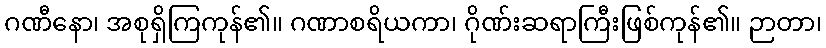
ဂဏီနော၊ အစုရှိကြကုန်၏။ ဂဏာစရိယကာ၊ ဂိုဏ်းဆရာကြီးဖြစ်ကုန်၏။ ဉာတာ၊